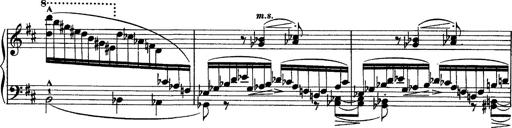
Title: Piano Sonata
Composer: Karl HÃ¤ssler
Key: C major